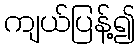
ကျယ်ပြန့်၍